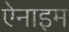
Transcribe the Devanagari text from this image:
ऐनाइम